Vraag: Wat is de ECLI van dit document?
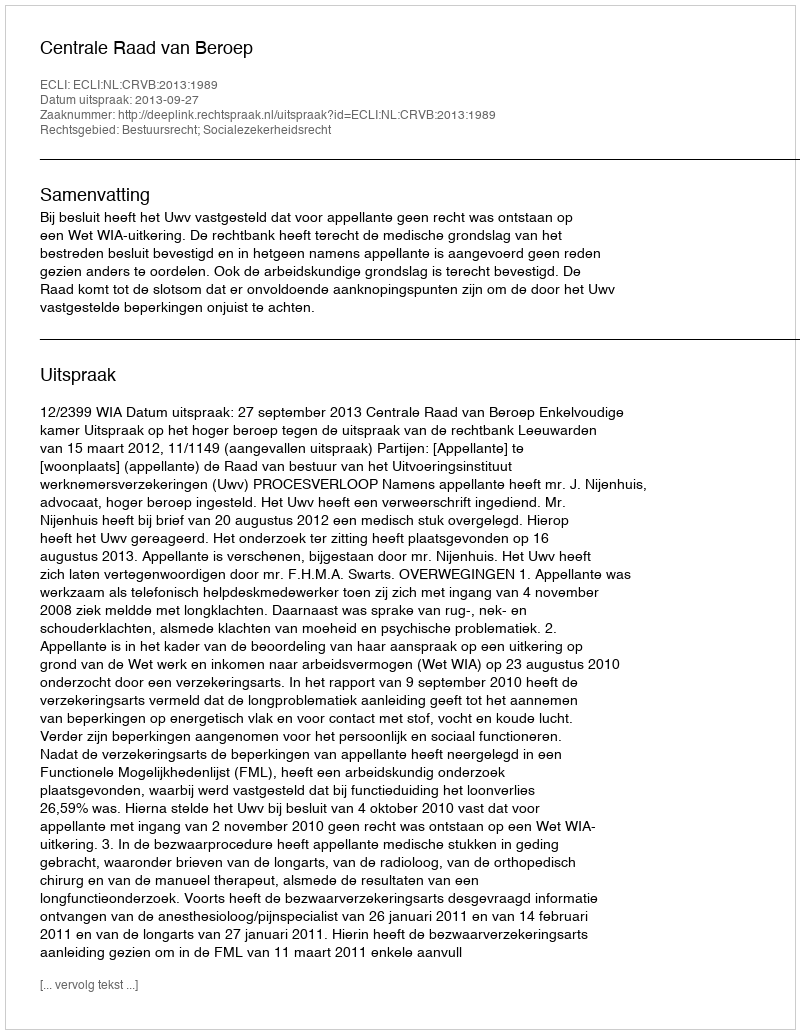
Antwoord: ECLI:NL:CRVB:2013:1989